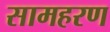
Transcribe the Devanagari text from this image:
सामहरण